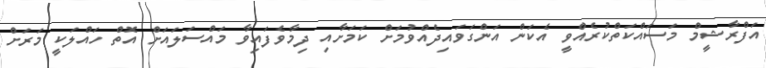
އަފްރާޝީމް މަސައްކަތްކުރެއްވީ އެކަން އަންގަވައިދެއްވުމަށް ކަމަށާއި ދިމާވެފައިވާ މައްސަލައަށް އޮތް ހައްލަކީ މަރަށް